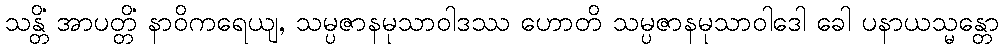
သန္တိံ အာပတ္တိံ နာဝိကရေယျ, သမ္ပဇာနမုသာဝါဒဿ ဟောတိ သမ္ပဇာနမုသာဝါဒေါ ခေါ ပနာယသ္မန္တော